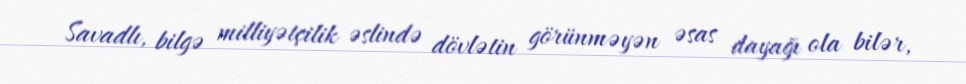
Savadlı, bilgə milliyətçilik əslində dövlətin görünməyən əsas dayağı ola bilər,